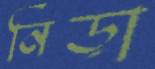
নিড়া